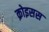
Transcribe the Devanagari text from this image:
क्रोइसस